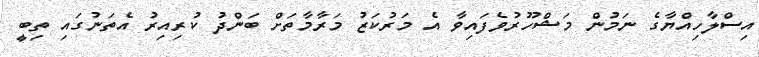
އިސްލާހިއްޔާގެ ނަމުން މަޝްހޫރުވެފައިވާ އެ މަރުކަޒު މަރާމާތަށް ބަންދު ކުރިއިރު އެތަނުގައި ތިބީ